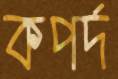
কপর্দ